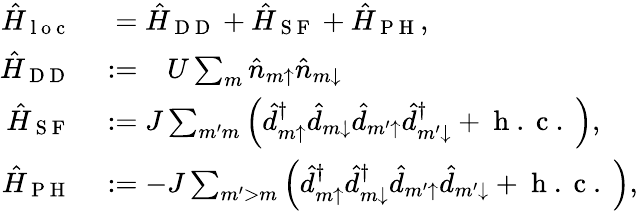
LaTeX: \begin{array}{rl}{\hat{H}_{\mathrm{~l~o~c~}}}&{{}\phantom{:}=\hat{H}_{\mathrm{~D~D~}}+\hat{H}_{\mathrm{~S~F~}}+\hat{H}_{\mathrm{~P~H~}},}\\ {\hat{H}_{\mathrm{~D~D~}}}&{{}:=\phantom{+{}}U\sum_{m}\hat{n}_{m{\uparrow}}\hat{n}_{m{\downarrow}}}\\ {\hat{H}_{\mathrm{~S~F~}}}&{{}:=J\sum_{m^{\prime}m}\left(\hat{d}_{m{\uparrow}}^{\dagger}\hat{d}_{m{\downarrow}}\hat{d}_{m^{\prime}{\uparrow}}\hat{d}_{m^{\prime}{\downarrow}}^{\dagger}+\mathrm{~h~.~c~.~}\right),}\\ {\hat{H}_{\mathrm{~P~H~}}}&{{}:=-J\sum_{m^{\prime}>m}\left(\hat{d}_{m{\uparrow}}^{\dagger}\hat{d}_{m{\downarrow}}^{\dagger}\hat{d}_{m^{\prime}{\uparrow}}\hat{d}_{m^{\prime}{\downarrow}}+\mathrm{~h~.~c~.~}\right),}\end{array}